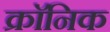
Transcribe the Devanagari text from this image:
क्राॅनिक